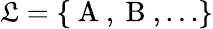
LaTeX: \mathfrak{L}=\{ \mathrm{~A~},\mathrm{~B~},\dots\}